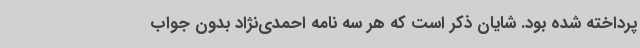
پرداخته شده بود. شایان ذکر است که هر سه نامه احمدی‌نژاد بدون جواب